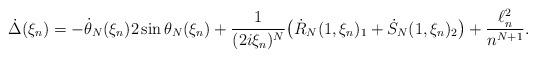
LaTeX: \begin{align*}\dot\Delta(\xi_n)= -\dot \theta_N(\xi_n)2\sin \theta_N(\xi_n)+ \frac{1}{(2i\xi_n)^N}\big(\dot R_N(1,\xi_n)_1+ \dot S_N(1,\xi_n)_2\big)+ \frac{\ell^2_n}{n^{N+1}}.\end{align*}